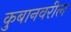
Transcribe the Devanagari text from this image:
कुबानवरील